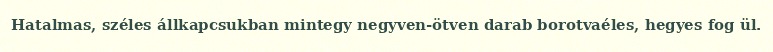
Hatalmas, széles állkapcsukban mintegy negyven-ötven darab borotvaéles, hegyes fog ül.